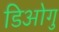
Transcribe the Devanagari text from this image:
डिओगु